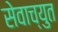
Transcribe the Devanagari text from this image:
सेवाच्युत